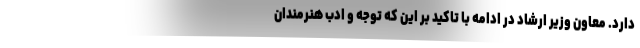
دارد. معاون وزیر ارشاد در ادامه با تاکید بر این که توجه و ادب هنرمندان